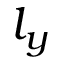
l _ { y }